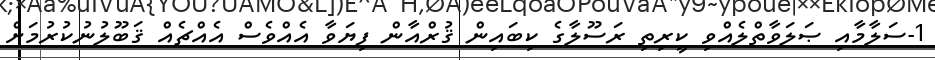
1-ސަލާމާއި ޞަލަވާތްލެއްވި ކީރިތި ރަސޫލާގެ ކިބައިން ޤުރްއާން ފިޔަވާ އެއްވެސް އެއްޗެއް ޤަބޫލުނުކުރުމަށް